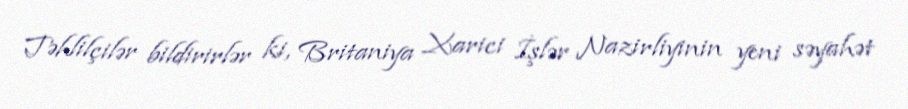
Təhlilçilər bildirirlər ki, Britaniya Xarici İşlər Nazirliyinin yeni səyahət